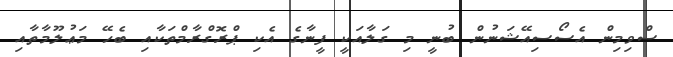
ސްވިމިން އެސޯސިއޭޝަނުން ބުނީ މި ގަލާއަކީ ފީނާގެ އެކި ޕްރޮގްރާމްތަކާއި ބެހޭ މަޢުލޫމާތާއި